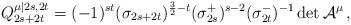
LaTeX: \begin{align*}Q_{2s+2t}^{\mu |2s,2t}=(-1)^{st}(\sigma _{2s+2t})^{\frac{3}{2}-t}(\sigma_{2s}^{+})^{s-2}(\sigma _{2t}^{-})^{-1}\det \mathcal{A}^{\mu }\mathcal{\,},\end{align*}